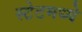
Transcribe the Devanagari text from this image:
स्टेटमध्ये